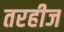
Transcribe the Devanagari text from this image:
तरहीज